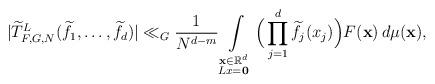
LaTeX: \begin{align*} \vert\widetilde{T}_{F,G,N}^L(\widetilde{f_1},\dots,\widetilde{f_d}) \vert \ll_G \frac{1}{N^{d-m}} \int\limits_{ \substack{ \mathbf{x} \in \mathbb{R}^d \\ L\mathbf\mathbf{x} = \mathbf{0}}} \Big(\prod\limits_{j=1}^d \widetilde{f_j} (x_j)\Big) F(\mathbf{x}) \, d \mu(\mathbf{x}), \end{align*}